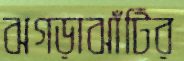
ঝগড়াঝাঁটির